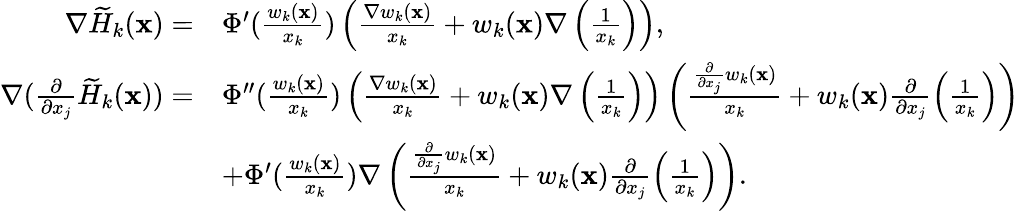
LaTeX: \begin{array}{rl}{\nabla\widetilde H_{k}(\mathbf x)=}&{\Phi^{\prime}(\frac{w_{k}(\mathbf x)}{x_{k}})\left(\frac{\nabla w_{k}(\mathbf x)}{x_{k}}+w_{k}(\mathbf x)\nabla\left(\frac{1}{x_{k}}\right)\right),}\\ {\nabla(\frac{\partial}{\partial x_{j}}\widetilde H_{k}(\mathbf x))=}&{\Phi^{\prime\prime}(\frac{w_{k}(\mathbf x)}{x_{k}})\left(\frac{\nabla w_{k}(\mathbf x)}{x_{k}}+w_{k}(\mathbf x)\nabla\left(\frac{1}{x_{k}}\right)\right)\left(\frac{\frac{\partial}{\partial x_{j}}w_{k}(\mathbf x)}{x_{k}}+w_{k}(\mathbf x)\frac{\partial}{\partial x_{j}}\left(\frac{1}{x_{k}}\right)\right)}\\ &{+\Phi^{\prime}(\frac{w_{k}(\mathbf x)}{x_{k}})\nabla\left(\frac{\frac{\partial}{\partial x_{j}}w_{k}(\mathbf x)}{x_{k}}+w_{k}(\mathbf x)\frac{\partial}{\partial x_{j}}\left(\frac{1}{x_{k}}\right)\right).}\end{array}